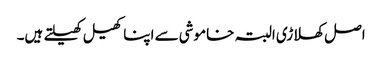
اصل کھلاڑی البتہ خاموشی سے اپنا کھیل کھیلتے ہیں۔